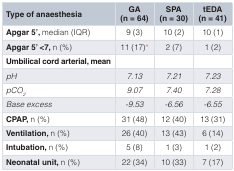
<table><thead><tr><td><b>Type of anaesthesia</b></td><td><b>GA(n = 64)</b></td><td><b>SPA(n = 30)</b></td><td><b>tEDA(n = 41)</b></td></tr></thead><tbody><tr><td><b>Apgar 5’,</b> median (IQR)</td><td>9 (3)</td><td>10 (2)</td><td>10 (1)</td></tr><tr><td><b>Apgar 5’ &lt;7,</b> n (%)</td><td>11 (17)*</td><td>2 (7)</td><td>1 (2)</td></tr><tr><td><b>Umbilical cord arterial, mean</b></td><td></td><td></td><td></td></tr><tr><td><i>pH</i></td><td><i>7.13</i></td><td><i>7.21</i></td><td><i>7.23</i></td></tr><tr><td><i>pCO<sub>2</sub></i></td><td><i>9.07</i></td><td><i>7.40</i></td><td><i>7.28</i></td></tr><tr><td><i>Base excess</i></td><td><i>-9.53</i></td><td><i>-6.56</i></td><td><i>-6.55</i></td></tr><tr><td><b>CPAP,</b> n (%)</td><td>31 (48)</td><td>12 (40)</td><td>13 (31)</td></tr><tr><td><b>Ventilation,</b> n (%)</td><td>26 (40)</td><td>13 (43)</td><td>6 (14)</td></tr><tr><td><b>Intubation,</b> n (%)</td><td>5 (8)</td><td>1 (3)</td><td>1 (2)</td></tr><tr><td><b>Neonatal unit,</b> n (%)</td><td>22 (34) </td><td>10 (33)</td><td>7 (17)</td></tr></tbody></table>